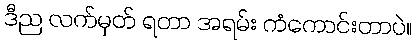
ဒီည လက်မှတ် ရတာ အရမ်း ကံကောင်းတာပဲ။